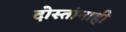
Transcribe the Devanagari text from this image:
दोस्तांनाही